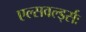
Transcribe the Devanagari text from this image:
एल्सवर्ल्ड्सः